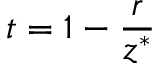
t = 1 - \frac { r } { z ^ { * } }